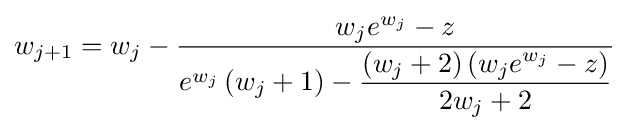
w_{j+1}=w_{j}-{\frac {w_{j}e^{w_{j}}-z}{e^{w_{j}}\left(w_{j}+1\right)-{\dfrac {\left(w_{j}+2\right)\left(w_{j}e^{w_{j}}-z\right)}{2w_{j}+2}}}}